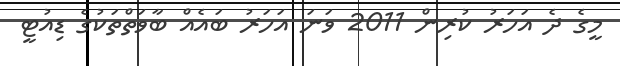
މީގެ ދެ އަހަރު ކުރިން 2011 ވަނަ އަހަރު ބައެއް ބާވަތްތަކުގެ ޑިއުޓީ